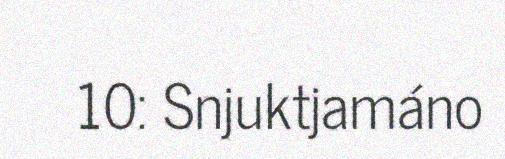
10: Snjuktjamáno